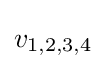
v_{1,2,3,4}